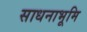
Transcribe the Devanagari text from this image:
साधनाभूमि